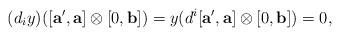
LaTeX: \begin{align*} (d_iy)([\mathbf{a'},\mathbf{a}] \otimes [0,\mathbf{b}] )=y(d^i[\mathbf{a'},\mathbf{a}] \otimes [0,\mathbf{b}] )=0, \end{align*}